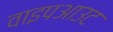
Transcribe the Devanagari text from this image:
वाइपआउट